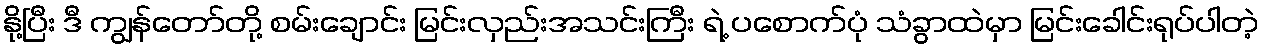
နို့ပြီး ဒီ ကျွန်တော်တို့ စမ်းချောင်း မြင်းလှည်းအသင်းကြီး ရဲ့ ပစောက်ပုံ သံခွာထဲမှာ မြင်းခေါင်းရုပ်ပါတဲ့